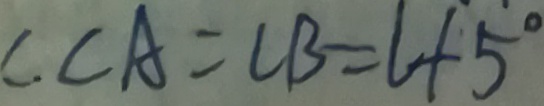
C \cdot C A = C B = l + 5 ^ { \circ }